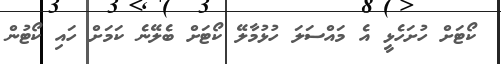
ކޯޓަށް ހުށަހެޅީ އެ މައްސަލަ ހުޅުމާލޭ ކޯޓަށް ބެލޭނެ ކަމަށް ހައި ކޯޓުން